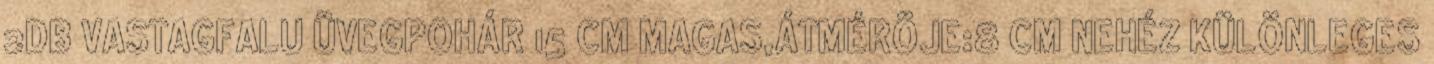
2DB VASTAGFALU ÜVEGPOHÁR 15 CM MAGAS,ÁTMÉRÖJE:8 CM NEHÉZ KÜLÖNLEGES